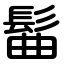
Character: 髷